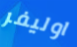
اوليفر